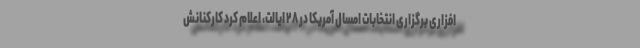
‌افزاری برگزاری انتخابات امسال آمریکا در ۲۸ ایالت، اعلام کرد کارکنانش